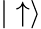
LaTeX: |\uparrow\rangle